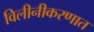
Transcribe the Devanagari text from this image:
विलीनीकरणात